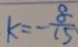
k = - \frac { 8 } { 1 5 }